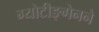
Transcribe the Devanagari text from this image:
ग्योटीङ्गेनने